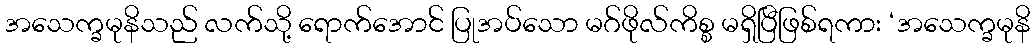
အသေက္ခမုနိသည် လက်သို့ ရောက်အောင် ပြုအပ်သော မဂ်ဖိုလ်ကိစ္စ မရှိပြီဖြစ်ရကား ‘အသေက္ခမုနိ